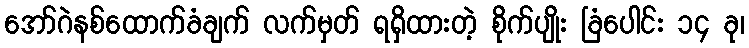
အော်ဂဲနစ်ထောက်ခံချက် လက်မှတ် ရရှိထားတဲ့ စိုက်ပျိုး ခြံပေါင်း ၁၄ ခု၊